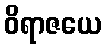
ဝိရာဇယေ